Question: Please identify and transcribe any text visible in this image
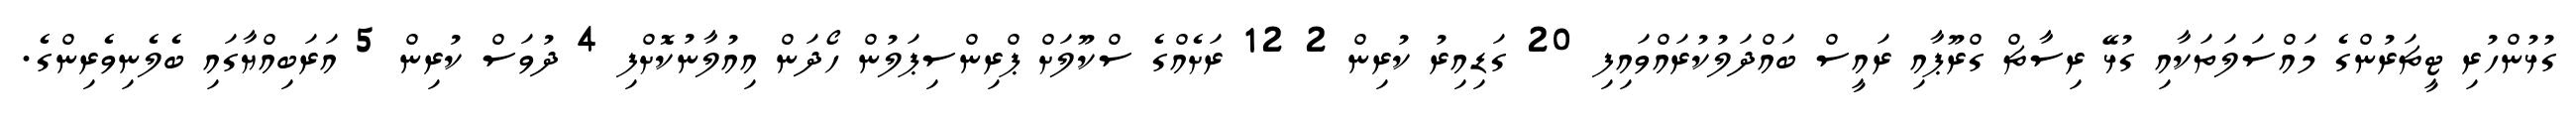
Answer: ގުޅުންހުރި ޓީޗަރުންގެ މައްސަލަތަކާއި ގުޅޭ ރިސާޗް ގްރޫޕާއި ރައީސް ބައްދަލުކުރައްވައިފި 20 ގަޑިއިރު ކުރިން 2 12 ރަށެއްގެ ސްކޫލަށް ޕްރިންސިޕަލުން ހޯދަން އިއުލާނުކޮށްފި 4 ދުވަސް ކުރިން 5 އަރަބިއްޔާގައި ބެލެނިވެރިންގެ.